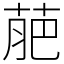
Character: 萉